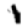
Digit: 1